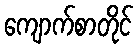
ကျောက်စာတိုင်